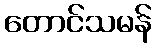
တောင်သမန်